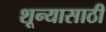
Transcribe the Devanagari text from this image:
शून्यासाठी